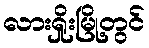
လားရှိုးမြို့တွင်